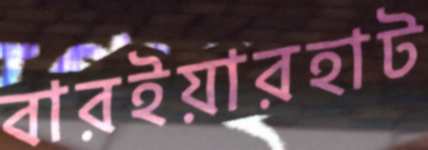
বারইয়ারহাট